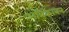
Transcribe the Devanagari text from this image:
अंबिकाबन